Annual administration report of the Civil Veterinary Department of India - 1908-1909
Year: 1908
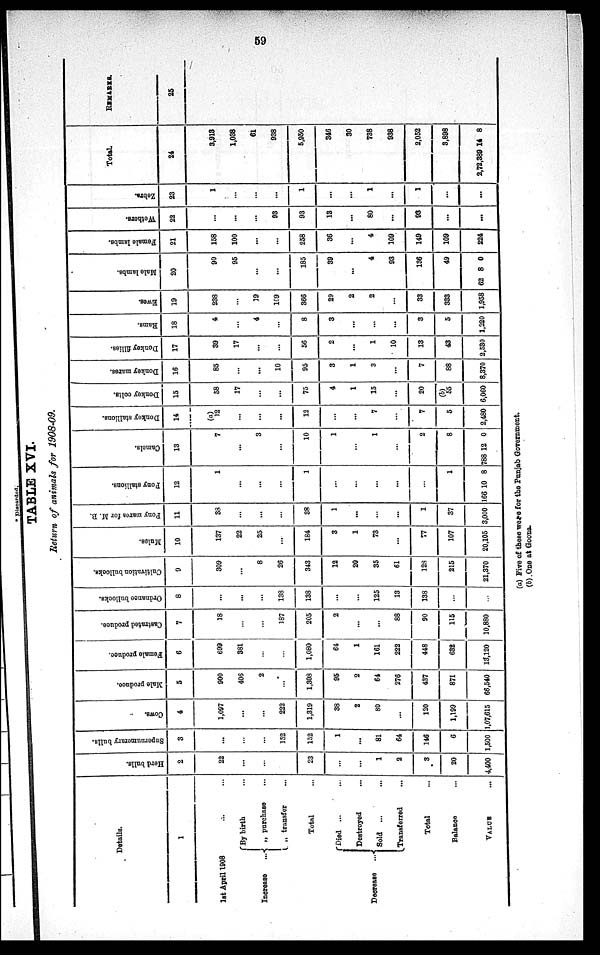
59
TABLE XVI.
Return of animals for 1908-09.
Details.
1
1st April 1908 ... ...
Increase
...
By birth ...
„
purchase ...
„
transfer ...
Total
Decrease
...
Died
...
...
Destroyed ...
Sold ... ...
Transferred ...
Total
Balance ...
VALUE
...
Herd bulls.
2
22
...
...
...
23
...
...
1
2
3
20
4,400
Supernumerary bulls.
3
...
...
...
152
152
1
...
81
64
146
6
1,500
Cows.
4
1,097
...
...
222
1,319
38
2
80
...
120
1,199
1,07,615
Male produce.
5
900
406
2
...
1,308
95
2
64
276
437
871
66,540
Female produce.
6
699
381
...
...
1,080
64
1
161
222
448
632
13,120
Castrated produce.
7
18
...
...
187
205
2
...
...
88
90
115
10,880
Ordnance bullocks.
8
...
...
...
138
138
...
...
125
13
138
...
...
Cultivation bullocks.
9
309
...
8
26
343
12
20
35
61
128
215
21,370
Mules.
10
137
22
25
...
184
3
1
73
...
77
107
20,105
Pony mares for M. B.
11
38
...
...
...
38
1
...
...
...
1
37
3,000
Pony stallions.
12
1
...
...
...
1
...
...
...
...
...
1
166 10 8
Camels.
13
7
...
3
...
10
1
...
1
...
2
8
788 12 0
Donkey stallions.
14
(a)
12
...
...
...
12
...
...
7
...
7
5
2,480
Donkey colts.
15
58
17
...
...
75
4
1
15
...
20
(b)
55
6,060
Donkey mares.
16
85
...
...
10
95
3
1
3
...
7
88
8,370
Donkey fillies.
17
39
17
...
...
56
2
...
1
10
13
43
2,530
Rams.
18
4
...
4
...
8
3
...
...
...
3
5
1,220
Ewes.
19
238
...
19
109
366
29
2
2
...
33
333
1,958
Male lambs.
20
90
95
...
...
185
39
...
4
93
136
49
62 8 0
Female lambs.
21
158
100
...
...
258
36
...
4
109
149
109
224
Wethers.
22
...
...
...
93
93
13
...
80
...
93
...
...
Zebra.
23
1
...
...
...
1
...
...
1
...
1
...
...
Total.
24
3,918
1,038
61
938
5,950
346
30
738
938
2,052
3,898
2,72,389 14 8
REMARKS.
25
(a) Five of these were for the Punjab Government.
(b) One at Goona.